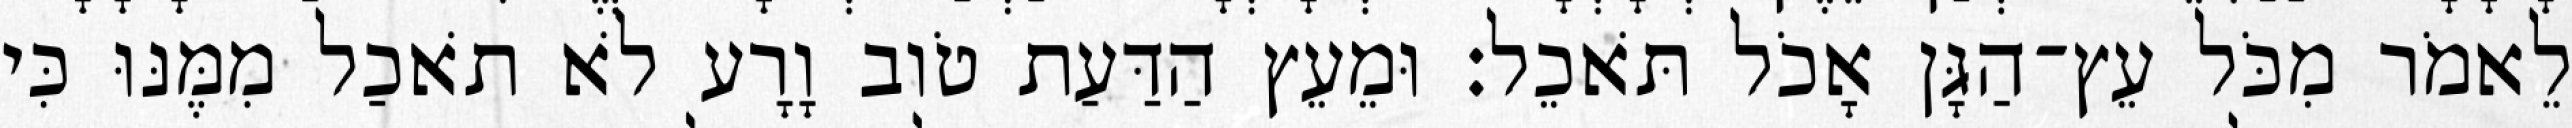
לֵאמֹר מִכֹּל עֵץ־הַגָּן אָכֹל תֹּאכֵל׃ וּמֵעֵץ הַדַּעַת טֹוב וָרָע לֹא תֹאכַל מִמֶּנּוּ כִּי